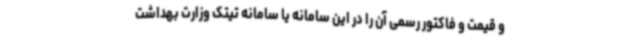
و قیمت و فاکتور رسمی آن را در این سامانه یا سامانه تیتک وزارت بهداشت